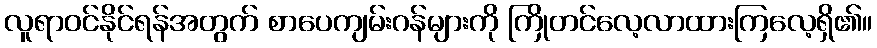
လူရာဝင်နိုင်ရန်အတွက် စာပေကျမ်းဂန်များကို ကြိုတင်လေ့လာထားကြလေ့ရှိ၏။